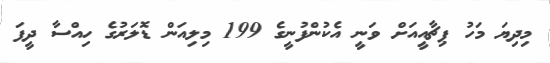
މިިދިޔަ މަހު ޕިޗާއީއަށް ވަނީ އެކުންފުނީގެ 199 މިލިއަން ޑޮލަރުގެ ހިއްސާ ދީފަ